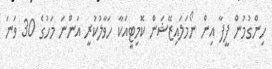
ހިންގުމުން ފީފާ އިން ނޯމަލައިޒޭޝަން ކޮމިޓީއަކާ ހަވާލުކުރީ އަންނަ މަހުގެ 30 ވަނަ